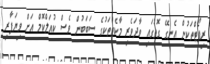
ރިޕޯޓްތަކުން އެނގޭ ގޮތުގައި ވާދަވެރި މާކެޓްތަކުގެ ސަބަބުން ވެސް ކުއަލްކޮމް އަށް ވިޔަފާރި